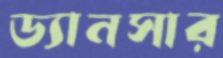
ড্যানসার